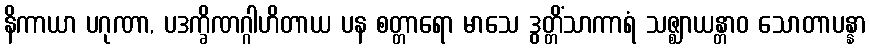
နိကာယာ ပဂုဏာ, ပဒက္ခိဏဂ္ဂါဟိတာယ ပန စတ္တာရော မာသေ ဒွတ္တိံသာကာရံ သဇ္ဈာယန္တာဝ သောတာပန္နာ